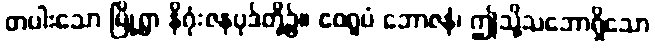
တပါးသော မြို့ရွာ နိဂုံးဇနပုဒ်တို့၌။ ဧဝရူပံ ဘောဇနံ၊ ဤသို့သဘောရှိသော